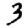
Digit: 3